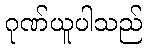
ဂုဏ်ယူပါသည်